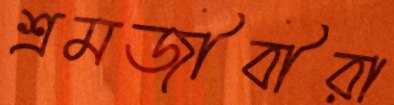
শ্রমজীবীরা